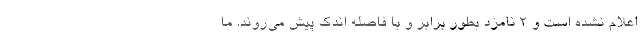
اعلام نشده است و ۲ نامزد بطور برابر و با فاصله اندک پیش می‌روند. ما